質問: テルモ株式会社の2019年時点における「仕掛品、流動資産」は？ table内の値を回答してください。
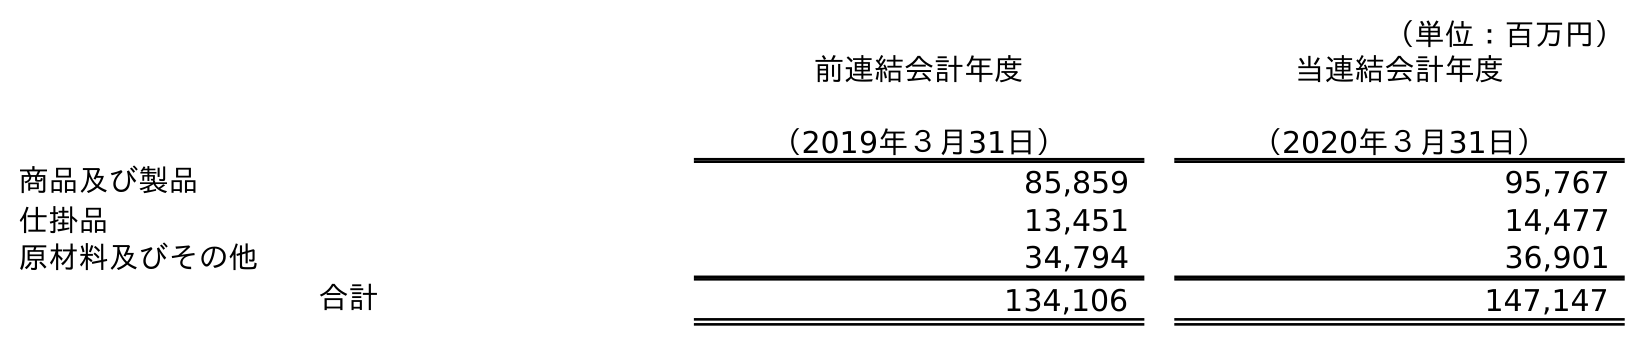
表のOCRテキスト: （単位：百万円） 前連結会計年度 （2019年３月31日） 当連結会計年度 （2020年３月31日） 商品及び製品 85,859 95,767 仕掛品 13,451 14,477 原材料及びその他 34,794 36,901 合計 134,106 147,147
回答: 13,451